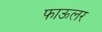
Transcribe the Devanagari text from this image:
फाऊलर